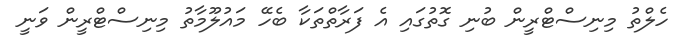
ހެލްތު މިނިސްޓްރީން ބުނި ގޮތުގައި އެ ފަރާތްތަކާ ބެހޭ މައުލޫމާތު މިނިސްޓްރީން ވަނީ